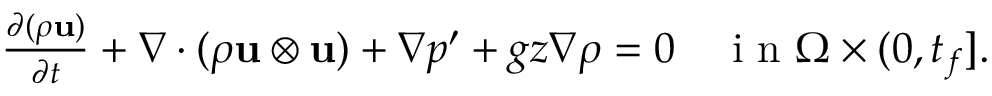
\begin{array} { r } { \frac { \partial ( \rho \mathbf u ) } { \partial t } + \nabla \cdot ( \rho \mathbf u \otimes \mathbf u ) + \nabla p ^ { \prime } + g z \nabla \rho = \boldsymbol { 0 } \quad \mathrm { ~ i ~ n ~ } \Omega \times ( 0 , t _ { f } ] . } \end{array}